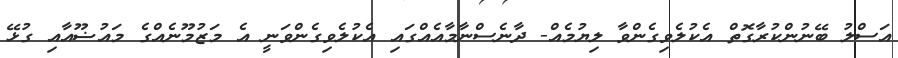
އަސްލު ބޭނުންކުރާގޮތް އެކުލެވިގެންވާ ލިޔުމެއް- ދާނެސްނާމާއެއްގައި އެކުލެވިގެންވަނީ އެ މަޒުމޫނެއްގެ މައުޟޫއާއި ގުޅޭ